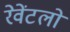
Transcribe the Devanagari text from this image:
रेवेंटलो